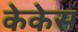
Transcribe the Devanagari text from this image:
केकेस